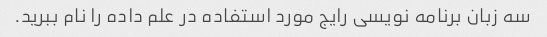
سه زبان برنامه نویسی رایج مورد استفاده در علم داده را نام ببرید.